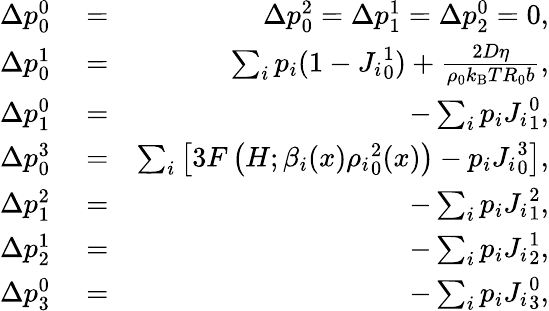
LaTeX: \begin{array}{rlr}{\Delta p_{0}^{0}}&{{}=}&{\Delta p_{0}^{2}=\Delta p_{1}^{1}=\Delta p_{2}^{0}=0,}\\ {\Delta p_{0}^{1}}&{{}=}&{\sum_{i}p_{i}(1-{J_{i}}_{0}^{1})+\frac{2D\eta}{\rho_{0}k_{\mathrm{B}}TR_{0}b},}\\ {\Delta p_{1}^{0}}&{{}=}&{-\sum_{i}p_{i}{J_{i}}_{1}^{0},}\\ {\Delta p_{0}^{3}}&{{}=}&{\sum_{i}\left[3F\left(H;\beta_{i}(x){\rho_{i}}_{0}^{2}(x)\right)-p_{i}{J_{i}}_{0}^{3}\right],}\\ {\Delta p_{1}^{2}}&{{}=}&{-\sum_{i}p_{i}{J_{i}}_{1}^{2},}\\ {\Delta p_{2}^{1}}&{{}=}&{-\sum_{i}p_{i}{J_{i}}_{2}^{1},}\\ {\Delta p_{3}^{0}}&{{}=}&{-\sum_{i}p_{i}{J_{i}}_{3}^{0},}\end{array}